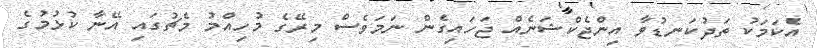
އެކަމަކު ތަދުކަނޑުވާ އިންޖެކްޝަނެއް ޖަހައިގެން ނަމަވެސް މިރޭގެ މުހިއްމު މެޗުގައި އޭނާ ކުޅުމުގެ